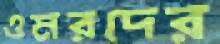
ওমরদের